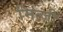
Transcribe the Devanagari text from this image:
मित्ज़ी